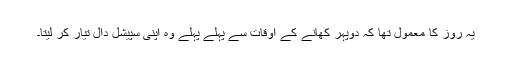
یہ روز کا معمول تھا کہ دوپہر کھانے کے اوقات سے پہلے پہلے وہ اپنی سپیشل دال تیار کر لیتا۔